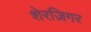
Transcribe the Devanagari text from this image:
शेरज़िगर